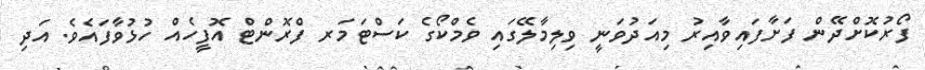
ފޯރުކޮށްދޭން ފަށާފައިވާއިރު މިއަދުވަނީ ވިލިމާލޭގައި ވެމްކޯގެ ކަސްޓަމަރ ފްރޮންޓް އޮފީހެއް ހުޅުވާފައެވެ. އަދި